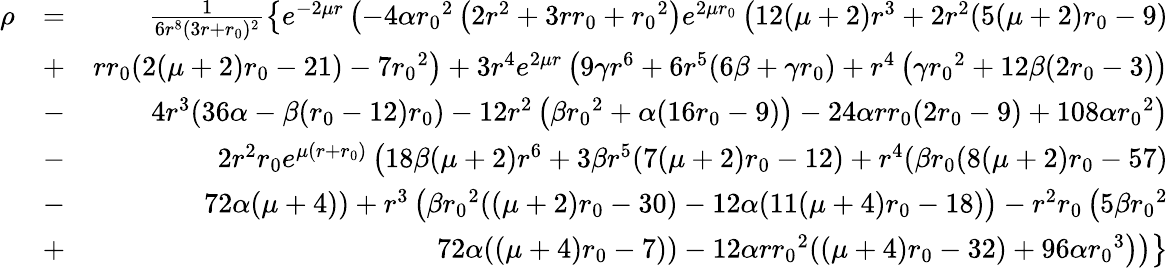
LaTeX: \begin{array}{rlr}{\rho}&{=}&{\frac{1}{6r^{8}(3r+{r_{0}})^{2}}\left\lbrace e^{-2\mu r}\left(-4\alpha{r_{0}}^{2}\left(2r^{2}+3r{r_{0}}+{r_{0}}^{2}\right)e^{2\mu{r_{0}}}\left(12(\mu+2)r^{3}+2r^{2}(5(\mu+2){r_{0}}-9)\right.\right.\right.}\\ &{+}&{\left.\left.\left.r{r_{0}}(2(\mu+2){r_{0}}-21)-7{r_{0}}^{2}\right)+3r^{4}e^{2\mu r}\left(9\gamma r^{6}+6r^{5}(6\beta+\gamma{r_{0}})+r^{4}\left(\gamma{r_{0}}^{2}+12\beta(2{r_{0}}-3)\right)\right.\right.\right.}\\ &{-}&{\left.\left.\left.4r^{3}(36\alpha-\beta({r_{0}}-12){r_{0}})-12r^{2}\left(\beta{r_{0}}^{2}+\alpha(16{r_{0}}-9)\right)-24\alpha r{r_{0}}(2{r_{0}}-9)+108\alpha{r_{0}}^{2}\right)\right.\right.}\\ &{-}&{\left.\left.2r^{2}{r_{0}}e^{\mu(r+{r_{0}})}\left(18\beta(\mu+2)r^{6}+3\beta r^{5}(7(\mu+2){r_{0}}-12)+r^{4}(\beta{r_{0}}(8(\mu+2){r_{0}}-57)\right.\right.\right.}\\ &{-}&{\left.\left.\left.72\alpha(\mu+4))+r^{3}\left(\beta{r_{0}}^{2}((\mu+2){r_{0}}-30)-12\alpha(11(\mu+4){r_{0}}-18)\right)-r^{2}{r_{0}}\left(5\beta{r_{0}}^{2}\right.\right.\right.\right.}\\ &{+}&{\left.\left.\left.\left.72\alpha((\mu+4){r_{0}}-7)\right)-12\alpha r{r_{0}}^{2}((\mu+4){r_{0}}-32)+96\alpha{r_{0}}^{3}\right)\right)\right\rbrace}\end{array}